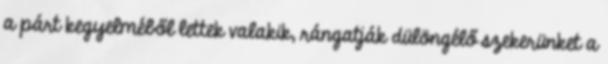
a párt kegyelméből lettek valakik, rángatják dülöngélő szekerünket a